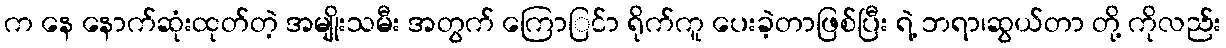
က နေ နောက်ဆုံးထုတ်တဲ့ အမျိုးသမီး အတွက် ကြောြင်ာ ရိုက်ကူ ပေးခဲ့တာဖြစ်ပြီး ရဲ့ ဘရာ၊ဆွယ်တာ တို့ ကိုလည်း